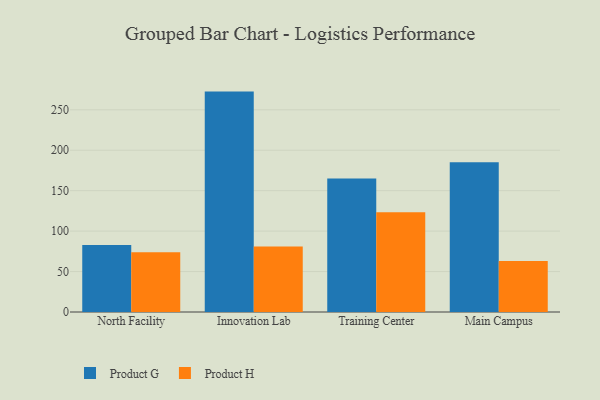
{"axis": {"x": "Campus", "y": "Conversion Rate (%)"}, "legend": ["Product G", "Product H"], "data": [{"x": "North Facility", "y": 82.9, "type": "Product G"}, {"x": "North Facility", "y": 74.0, "type": "Product H"}, {"x": "Innovation Lab", "y": 272.5, "type": "Product G"}, {"x": "Innovation Lab", "y": 80.9, "type": "Product H"}, {"x": "Training Center", "y": 165.0, "type": "Product G"}, {"x": "Training Center", "y": 123.3, "type": "Product H"}, {"x": "Main Campus", "y": 185.3, "type": "Product G"}, {"x": "Main Campus", "y": 63.1, "type": "Product H"}]}